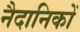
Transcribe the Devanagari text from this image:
नैदानिकों